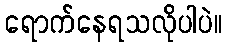
ရောက်နေရသလိုပါပဲ။